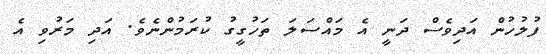
ފުލުހުން އަދިވެސް ދަނީ އެ މައްސަލަ ތަހުގީގު ކުރަމުންނެވެ. އަދި މަރުވި އެ